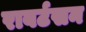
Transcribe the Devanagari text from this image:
राबर्टसन